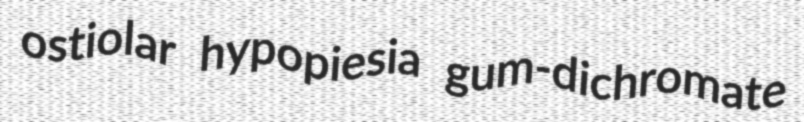
ostiolar hypopiesia gum-dichromate